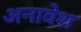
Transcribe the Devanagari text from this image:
अनावेश